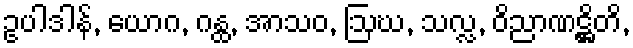
ဥပါဒါန်, ယောဂ, ဂန္ထ, အာသဝ, ဩဃ, သလ္လ, ဝိညာဏဋ္ဌိတိ,